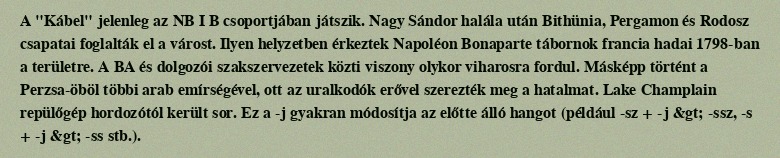
A "Kábel" jelenleg az NB I B csoportjában játszik. Nagy Sándor halála után Bithünia, Pergamon és Rodosz csapatai foglalták el a várost. Ilyen helyzetben érkeztek Napoléon Bonaparte tábornok francia hadai 1798-ban a területre. A BA és dolgozói szakszervezetek közti viszony olykor viharosra fordul. Másképp történt a Perzsa-öböl többi arab emírségével, ott az uralkodók erővel szerezték meg a hatalmat. Lake Champlain repülőgép hordozótól került sor. Ez a -j gyakran módosítja az előtte álló hangot (például -sz + -j &gt; -ssz, -s + -j &gt; -ss stb.).